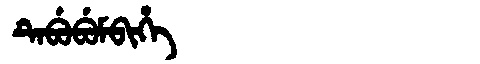
Manchu: ᡨᡝᠪᡠᠪᡠᠮᠪᡳᡥᡝ
Romanization: TEBUBUMBIHE